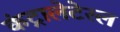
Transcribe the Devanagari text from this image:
कंट्रालेटेरल